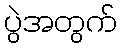
ပွဲအတွက်